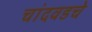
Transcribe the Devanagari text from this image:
चांदवडचे